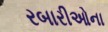
રબારીઓના